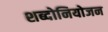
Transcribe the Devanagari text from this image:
शब्दोनियोजन